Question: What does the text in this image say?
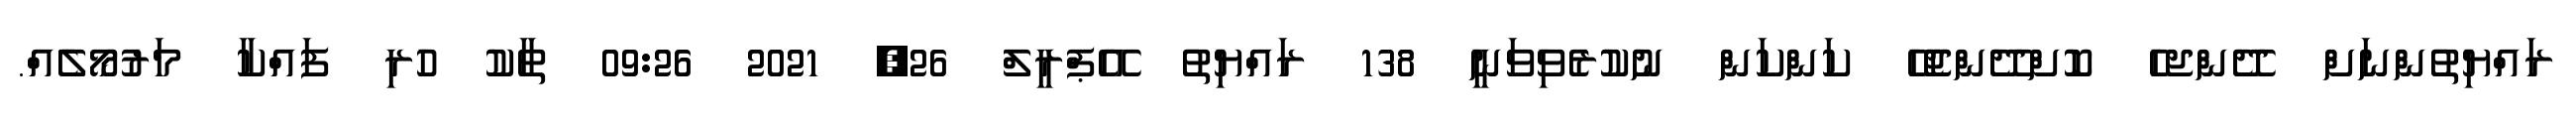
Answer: ރައްޔިތުންނަށް ދޭންޖހެ ކޮށްދޭންޖެހޭ ކަންކަން ނުކުރެވިވަނީ 138 ރައްޔިތު އޭޕްރީލް 26, 2021 09:26 ތާކު ހުރި ފައްކާ މަރުމޯލެއް.